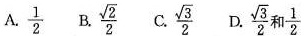
A. \frac{1}{2}